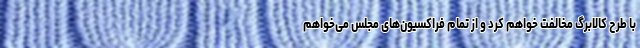
با طرح کالابرگ مخالفت خواهم کرد و از تمام فراکسیون‌های مجلس می‌خواهم